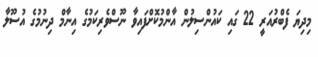
މިދިޔަ ފެބްރުއަރީ 22 ގައި ކައުންސިލުން އާންމުކޮށްފައިވާ ނޫސްވެރިކަމުގެ އިނާމް ދިނުމުގެ އުސޫލާ